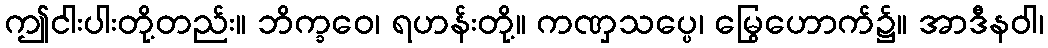
ဤငါးပါးတို့တည်း။ ဘိက္ခဝေ၊ ရဟန်းတို့။ ကဏှသပ္ပေ၊ မြွေဟောက်၌။ အာဒီနဝါ၊